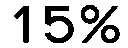
15%